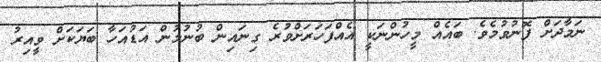
ނަމާދަށް ފޮނުވުމެވެ. ބައެއް މީހުންނަކީ އެއްފަހަރަށްވުރެ ގިނައިން ބުނުމުން އަޑުއަހާ ބަޔަކަށް ވީއިރު